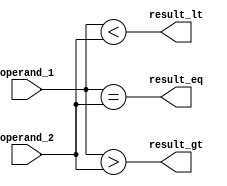
module magnitude_comparator (
    input [7:0] operand_1,
    input [7:0] operand_2,
    output wire result_gt, // Greater than
    output wire result_lt, // Less than
    output wire result_eq // Equal
);

assign result_gt = (operand_1 > operand_2);
assign result_lt = (operand_1 < operand_2);
assign result_eq = (operand_1 == operand_2);

endmodule